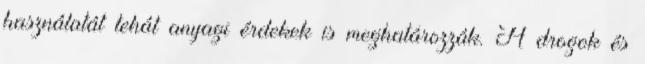
használatát tehát anyagi érdekek is meghatározzák. A drogok és